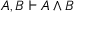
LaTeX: A , B \vdash A \land B